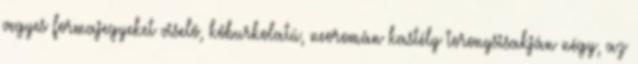
vegyes formajegyeket viselõ, kõburkolatú, neoromán kastély toronysisakján négy, az